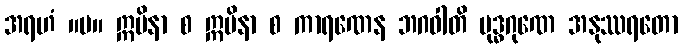
အရဟံ ။ပ။ ဣမိနာ စ ဣမိနာ စ ကာရဏေန ဘဂဝါတိ ဗုဒ္ဓဂုဏေ အနုဿရတော